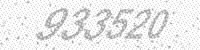
Solution: 933520